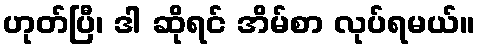
ဟုတ်ပြီ၊ ဒါ ဆိုရင် အိမ်စာ လုပ်ရမယ်။